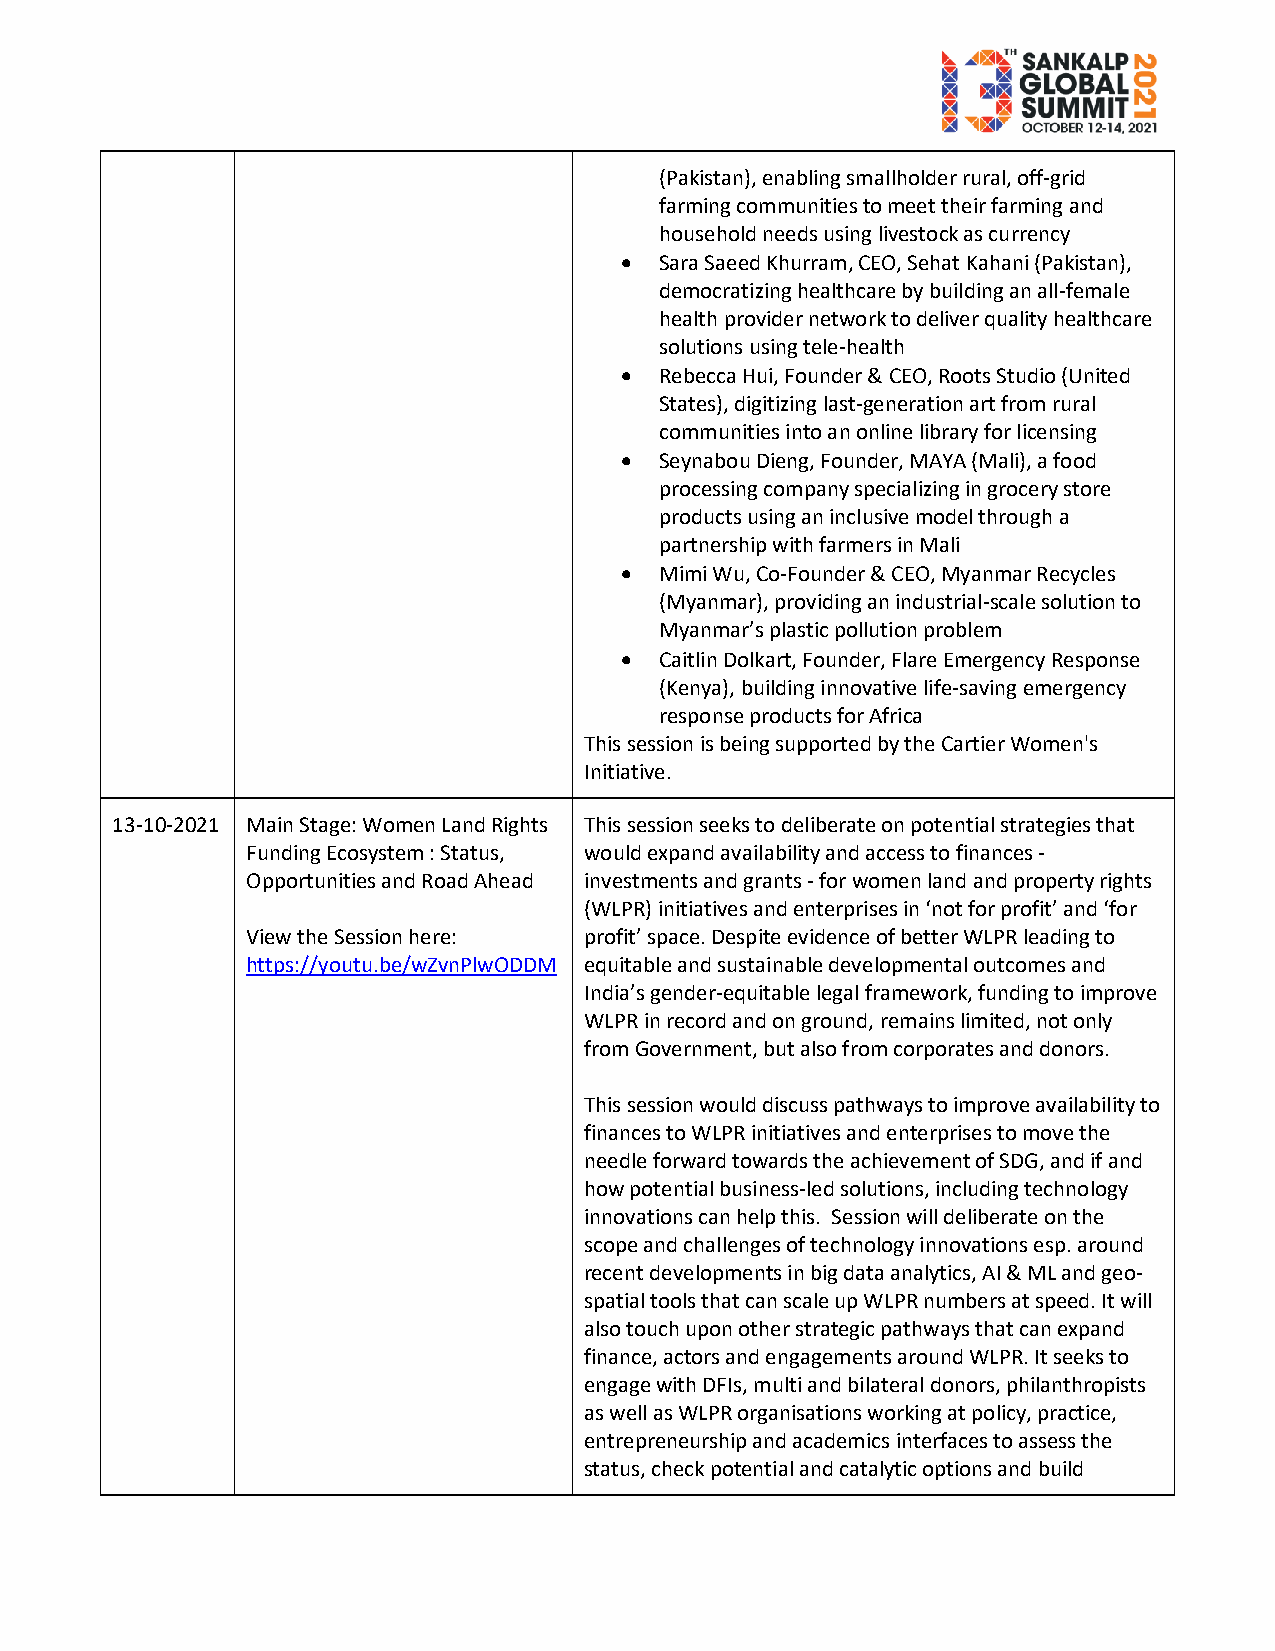
(Pakistan), enabling smallholder rural, off-grid
 farming communities to meet their farming and
 household needs using livestock as currency
   Sara Saeed Khurram, CEO, Sehat Kahani (Pakistan),
 democratizing healthcare by building an all-female
 health provider network to deliver quality healthcare
 solutions using tele-health
   Rebecca Hui, Founder & CEO, Roots Studio (United
 States), digitizing last-generation art from rural
 communities into an online library for licensing
   Seynabou Dieng, Founder, MAYA (Mali), a food
 processing company specializing in grocery store
 products using an inclusive model through a
 partnership with farmers in Mali
   Mimi Wu, Co-Founder & CEO, Myanmar Recycles
 (Myanmar), providing an industrial-scale solution to
 Myanmar’s plastic pollution problem
   Caitlin Dolkart, Founder, Flare Emergency Response
 (Kenya), building innovative life-saving emergency
 response products for Africa
 This session is being supported by the Cartier Women's
 Initiative.
 13-10-2021 Main Stage: Women Land Rights This session seeks to deliberate on potential strategies that
 Funding Ecosystem : Status, would expand availability and access to finances -
 Opportunities and Road Ahead investments and grants - for women land and property rights
 (WLPR) initiatives and enterprises in ‘not for profit’ and ‘for
 View the Session here: profit’ space. Despite evidence of better WLPR leading to
 https://youtu.be/wZvnPlwODDM equitable and sustainable developmental outcomes and
 India’s gender-equitable legal framework, funding to improve
 WLPR in record and on ground, remains limited, not only
 from Government, but also from corporates and donors.
 This session would discuss pathways to improve availability to
 finances to WLPR initiatives and enterprises to move the
 needle forward towards the achievement of SDG, and if and
 how potential business-led solutions, including technology
 innovations can help this. Session will deliberate on the
 scope and challenges of technology innovations esp. around
 recent developments in big data analytics, AI & ML and geo-
 spatial tools that can scale up WLPR numbers at speed. It will
 also touch upon other strategic pathways that can expand
 finance, actors and engagements around WLPR. It seeks to
 engage with DFIs, multi and bilateral donors, philanthropists
 as well as WLPR organisations working at policy, practice,
 entrepreneurship and academics interfaces to assess the
 status, check potential and catalytic options and build